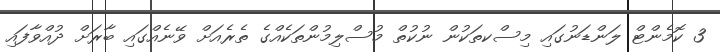
3 ކޮމެންޓް ލަންޑަނުގައި މިސްކތަކުން ނުކުތް މުސްލިމުންތަކެއްގެ ތެރެއަށް ވޭނެއްގައި ބާރަށް ދުއްވާފައި